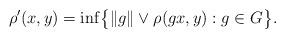
LaTeX: \begin{gather*} \rho'(x,y) = \inf \bigl\{ \|g\| \vee \rho(gx,y) : g \in G \bigr\}.\end{gather*}